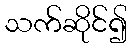
သက်ဆိုင်၍